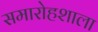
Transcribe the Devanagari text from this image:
समारोहशाला